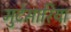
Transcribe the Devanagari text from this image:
मुटेसारिया